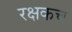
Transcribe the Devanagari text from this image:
रक्षकच